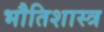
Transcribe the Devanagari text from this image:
भौतिशास्त्र